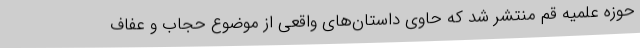
حوزه علمیه قم منتشر شد که حاوی داستان‌های واقعی از موضوع حجاب و عفاف